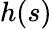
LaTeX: h(s)